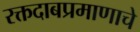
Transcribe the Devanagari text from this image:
रक्तदाबप्रमाणाचे